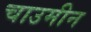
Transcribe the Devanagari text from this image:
चाउमीन